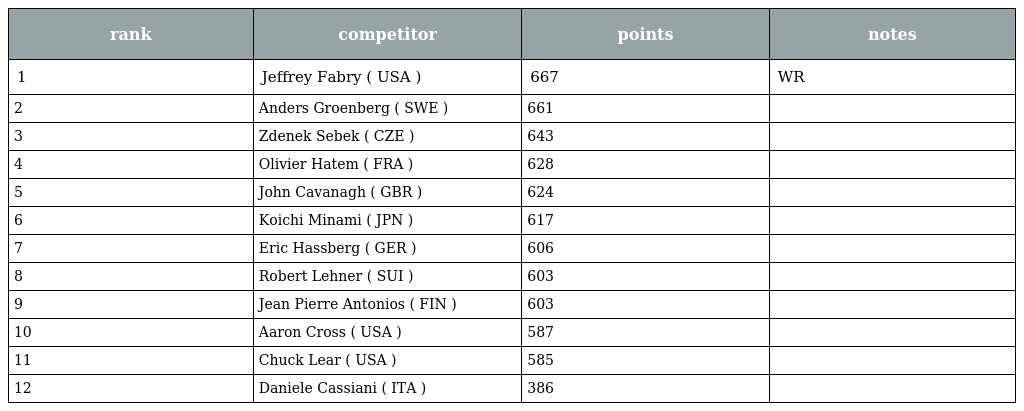
| rank | competitor | points | notes |
 | --- | --- | --- | --- |
 | 1 | Jeffrey Fabry ( USA ) | 667 | WR |
 | 2 | Anders Groenberg ( SWE ) | 661 |  |
 | 3 | Zdenek Sebek ( CZE ) | 643 |  |
 | 4 | Olivier Hatem ( FRA ) | 628 |  |
 | 5 | John Cavanagh ( GBR ) | 624 |  |
 | 6 | Koichi Minami ( JPN ) | 617 |  |
 | 7 | Eric Hassberg ( GER ) | 606 |  |
 | 8 | Robert Lehner ( SUI ) | 603 |  |
 | 9 | Jean Pierre Antonios ( FIN ) | 603 |  |
 | 10 | Aaron Cross ( USA ) | 587 |  |
 | 11 | Chuck Lear ( USA ) | 585 |  |
 | 12 | Daniele Cassiani ( ITA ) | 386 |  |